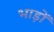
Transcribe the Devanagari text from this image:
भाड़ों